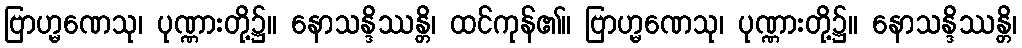
ဗြာဟ္မဏေသု၊ ပုဏ္ဏားတို့၌။ နောသန္ဒိဿန္တိ၊ ထင်ကုန်၏။ ဗြာဟ္မဏေသု၊ ပုဏ္ဏားတို့၌။ နောသန္ဒိဿန္တိ၊